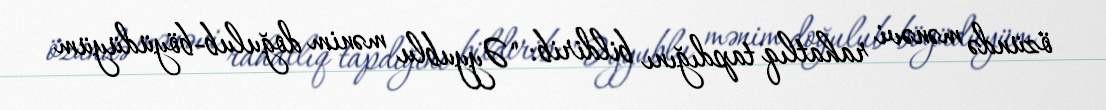
özündə mənəvi rahatlıq tapdığını bildirib: "Əyyublu mənim doğulub-böyüdüyüm